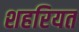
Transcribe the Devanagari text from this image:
शहरियत